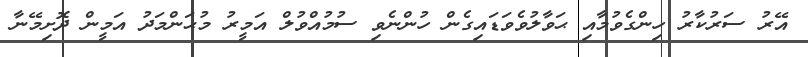
އޭރު ސަރުކާރު ހިންގެވުމާއި ޙަވާލުވެވަޑައިގެން ހުންނެވި ސުމުއްވުލް އަމީރު މުޙަންމަދު އަމީން ދޮށިމޭނާ